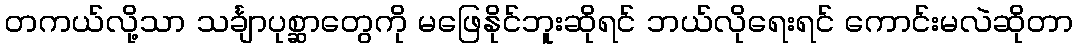
တကယ်လို့သာ သင်္ချာပုစ္ဆာတွေကို မဖြေနိုင်ဘူးဆိုရင် ဘယ်လိုရေးရင် ကောင်းမလဲဆိုတာ